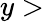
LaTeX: y>